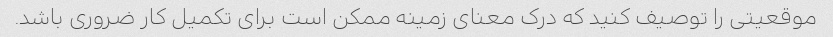
موقعیتی را توصیف کنید که درک معنای زمینه ممکن است برای تکمیل کار ضروری باشد.